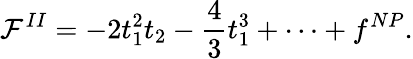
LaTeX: {\cal F}^{II}=-2t_{1}^{2}t_{2}-\frac{4}{3}t_{1}^{3}+\dots+f^{NP}.